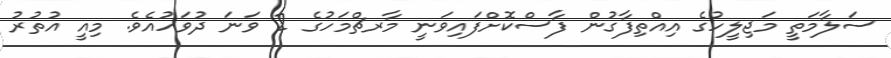
ސަލާމަތީ މަޖިލީހުގެ އިއްތިފާގުން ފާސްކޮށްފައިވަނީ މާރޗްމަހުގެ 2 ވަނަ ދުވަހުއެވެ. މިއީ އުތުރު